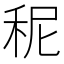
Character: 秜